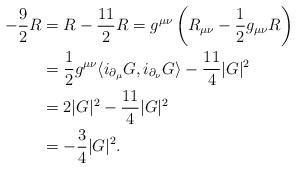
LaTeX: \begin{align*}-\frac{9}{2}R&=R-\frac{11}{2}R=g^{\mu\nu}\left(R_{\mu\nu}-\frac{1}{2}g_{\mu\nu}R\right)\\&=\frac{1}{2}g^{\mu\nu}\langle i_{\partial_\mu}G,i_{\partial_\nu}G\rangle-\frac{11}{4}|G|^2\\&=2|G|^2-\frac{11}{4}|G|^2\\&=-\frac{3}{4}|G|^2.\end{align*}